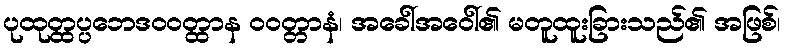
ပုထုတ္ထပ္ပဘေဒဝဝတ္ထာန ဝဝတ္တာနံ၊ အခေါ်အဝေါ်၏ မတူထူးခြားသည်၏ အဖြစ်၊